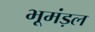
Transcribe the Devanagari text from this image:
भूमंड़ल